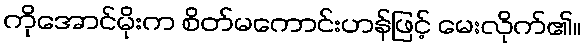
ကိုအောင်မိုးက စိတ်မကောင်းဟန်ဖြင့် မေးလိုက်၏။